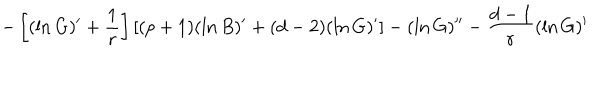
LaTeX: - \left[ ( \ln G ) ^ { \prime } + { \frac { 1 } { r } } \right] \left[ ( p + 1 ) ( \ln B ) ^ { \prime } + ( d - 2 ) ( \ln G ) ^ { \prime } \right] - ( \ln G ) ^ { \prime \prime } - { \frac { d - 1 } { r } } ( \ln G ) ^ { \prime }